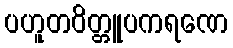
ပဟူတဝိတ္တူပကရဏေ